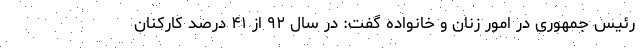
رئیس جمهوری در امور زنان و خانواده گفت: در سال ۹۲ از ۴۱ درصد کارکنان